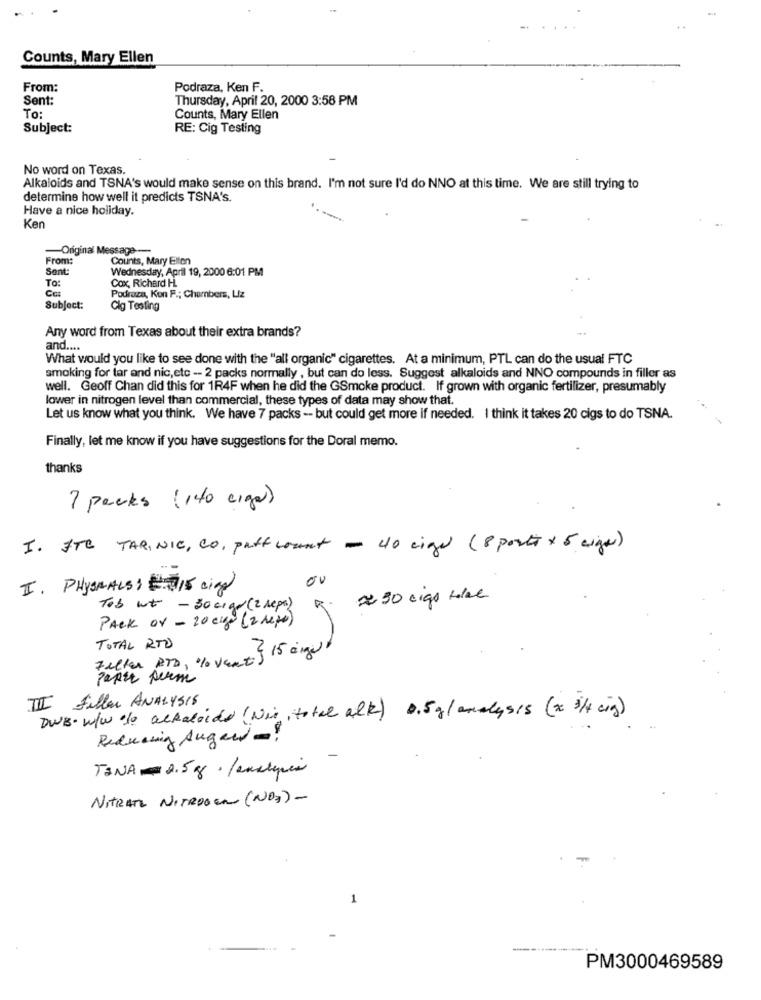
Counts, Mary Ellen
From:
Podraza, Ken F.
Sent:
Thursday, April 20, 2000 3:58 PM
To:
Counts, Mary Ellen
Subject:
RE: Cig Testing
No word on Texas.
Alkaloids and TSNA's would make sense on this brand. I'm not sure I'd do NNO at this time. We are still trying to
determine how well it predicts TSNA's.
Have a nice holiday.
Ken
Original Message-
From:
Counts, Mary Ellen
Sent:
To:
Cox, Richard H.
Wednesday, April 19, 2000 6:01 PM
Podraza, Kon F .; Chambers, Liz
Subject:
Clg Testing
Any word from Texas about their extra brands?
and ....
What would you like to see done with the "all organic" cigarettes. At a minimum, PTL can do the usual FTC
smoking for tar and nic,etc -- 2 packs normally , but can do less. Suggest alkaloids and NNO compounds in filler as
well. Geoff Chan did this for 1R4F when he did the GSmoke product. If grown with organic fertilizer, presumably
lower in nitrogen level than commercial, these types of data may show that.
...
Let us know what you think. We have 7 packs -- but could get more if needed. I think it takes 20 cigs to do TSNA.
Finally, let me know if you have suggestions for the Doral memo.
thanks
7 packs (140 cigar)
I. ITC TARINIC, CO, paff count - 40 cigs (8 ports x 5 cigar)
00
II. PHYSMALS : 15 cigg
#30 cigs tele
Tob wt - 30 cigo (2 reps)
PACK Or - 20 cup (2 repo)
Feltar ATD, % vent } 15 angst
TOTAL RTD
Papse perm
III filler ANALY518
DWB. w/W /o alkaloids (Wie ,total alk) 0.5 g/ analysis (x 3/4 cing)
Reducing Augen -!
-
TINA # 2.5g . /enclipes
NITRATE NITROGEN (NO3) -
---------
PM3000469589